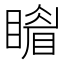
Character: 𥋎